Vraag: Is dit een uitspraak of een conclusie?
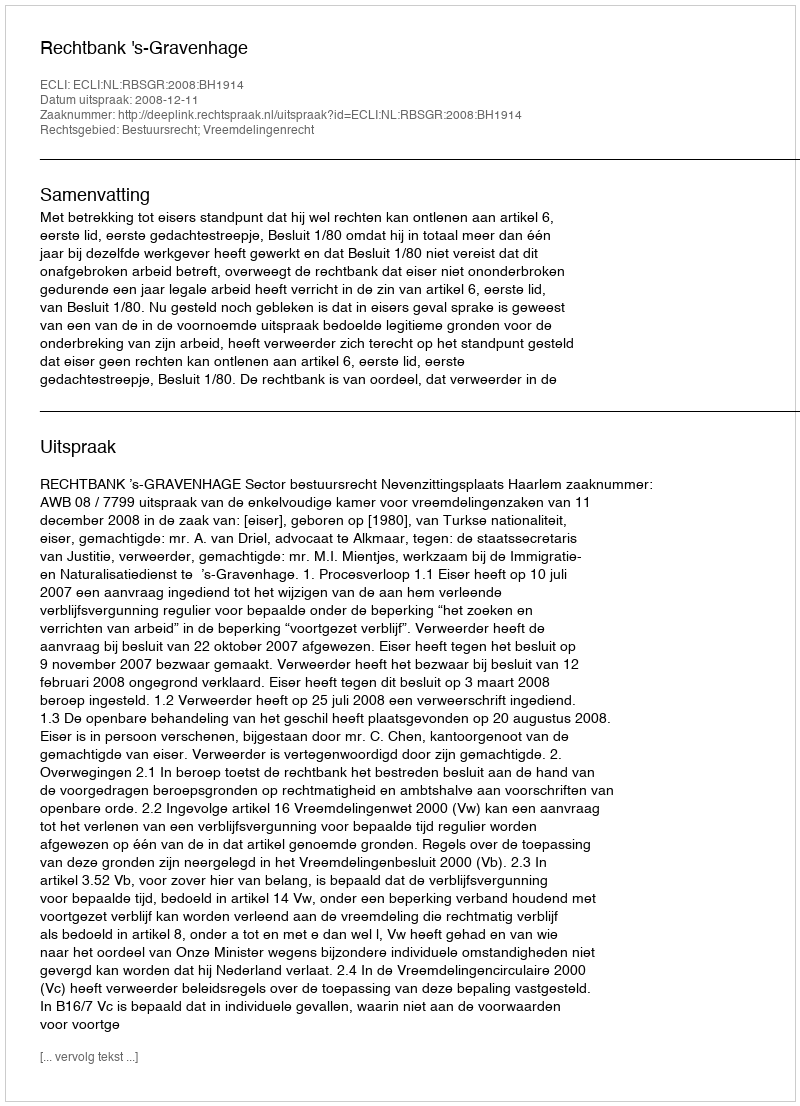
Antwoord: Uitspraak